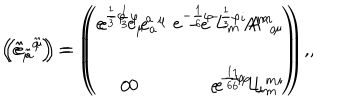
\left( \hat { e } _ { \hat { \mu } } { } ^ { \hat { a } } \right) = \left( \begin{array} { c r } { { e ^ { \frac { 1 } { 3 } \varphi } e _ { \mu } { } ^ { a } } } & { { e ^ { - \frac { 1 } { 6 } \varphi } L _ { m } { } ^ { i } A ^ { m } { } _ { \mu } } } \\ { { } } & { { } } \\ { { 0 } } & { { e ^ { - \frac { 1 } { 6 } \varphi } L _ { m } { } ^ { i } } } \\ \end{array} \right) \, , \hspace { 1 c m } \left( \hat { e } _ { \hat { a } } { } ^ { \hat { \mu } } \right) = \left( \begin{array} { c r } { { e ^ { - \frac { 1 } { 3 } \varphi } e _ { a } { } ^ { \mu } } } & { { - e ^ { - \frac { 1 } { 3 } \varphi } A ^ { m } { } _ { a } } } \\ { { } } & { { } } \\ { { 0 } } & { { e ^ { \frac { 1 } { 6 } \varphi } L _ { i } { } ^ { m } } } \\ \end{array} \right) \, ,